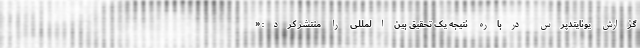
گزارش یونایتدپرس درباره نتیجه یک تحقیق بین‌المللی را منتشر کرد: «